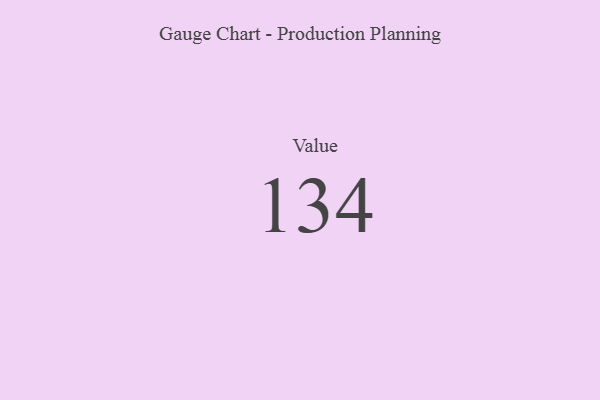
{"axis": {"x": "Metric", "y": "Value"}, "legend": [""], "data": [{"x": "Value", "y": 134, "type": ""}]}